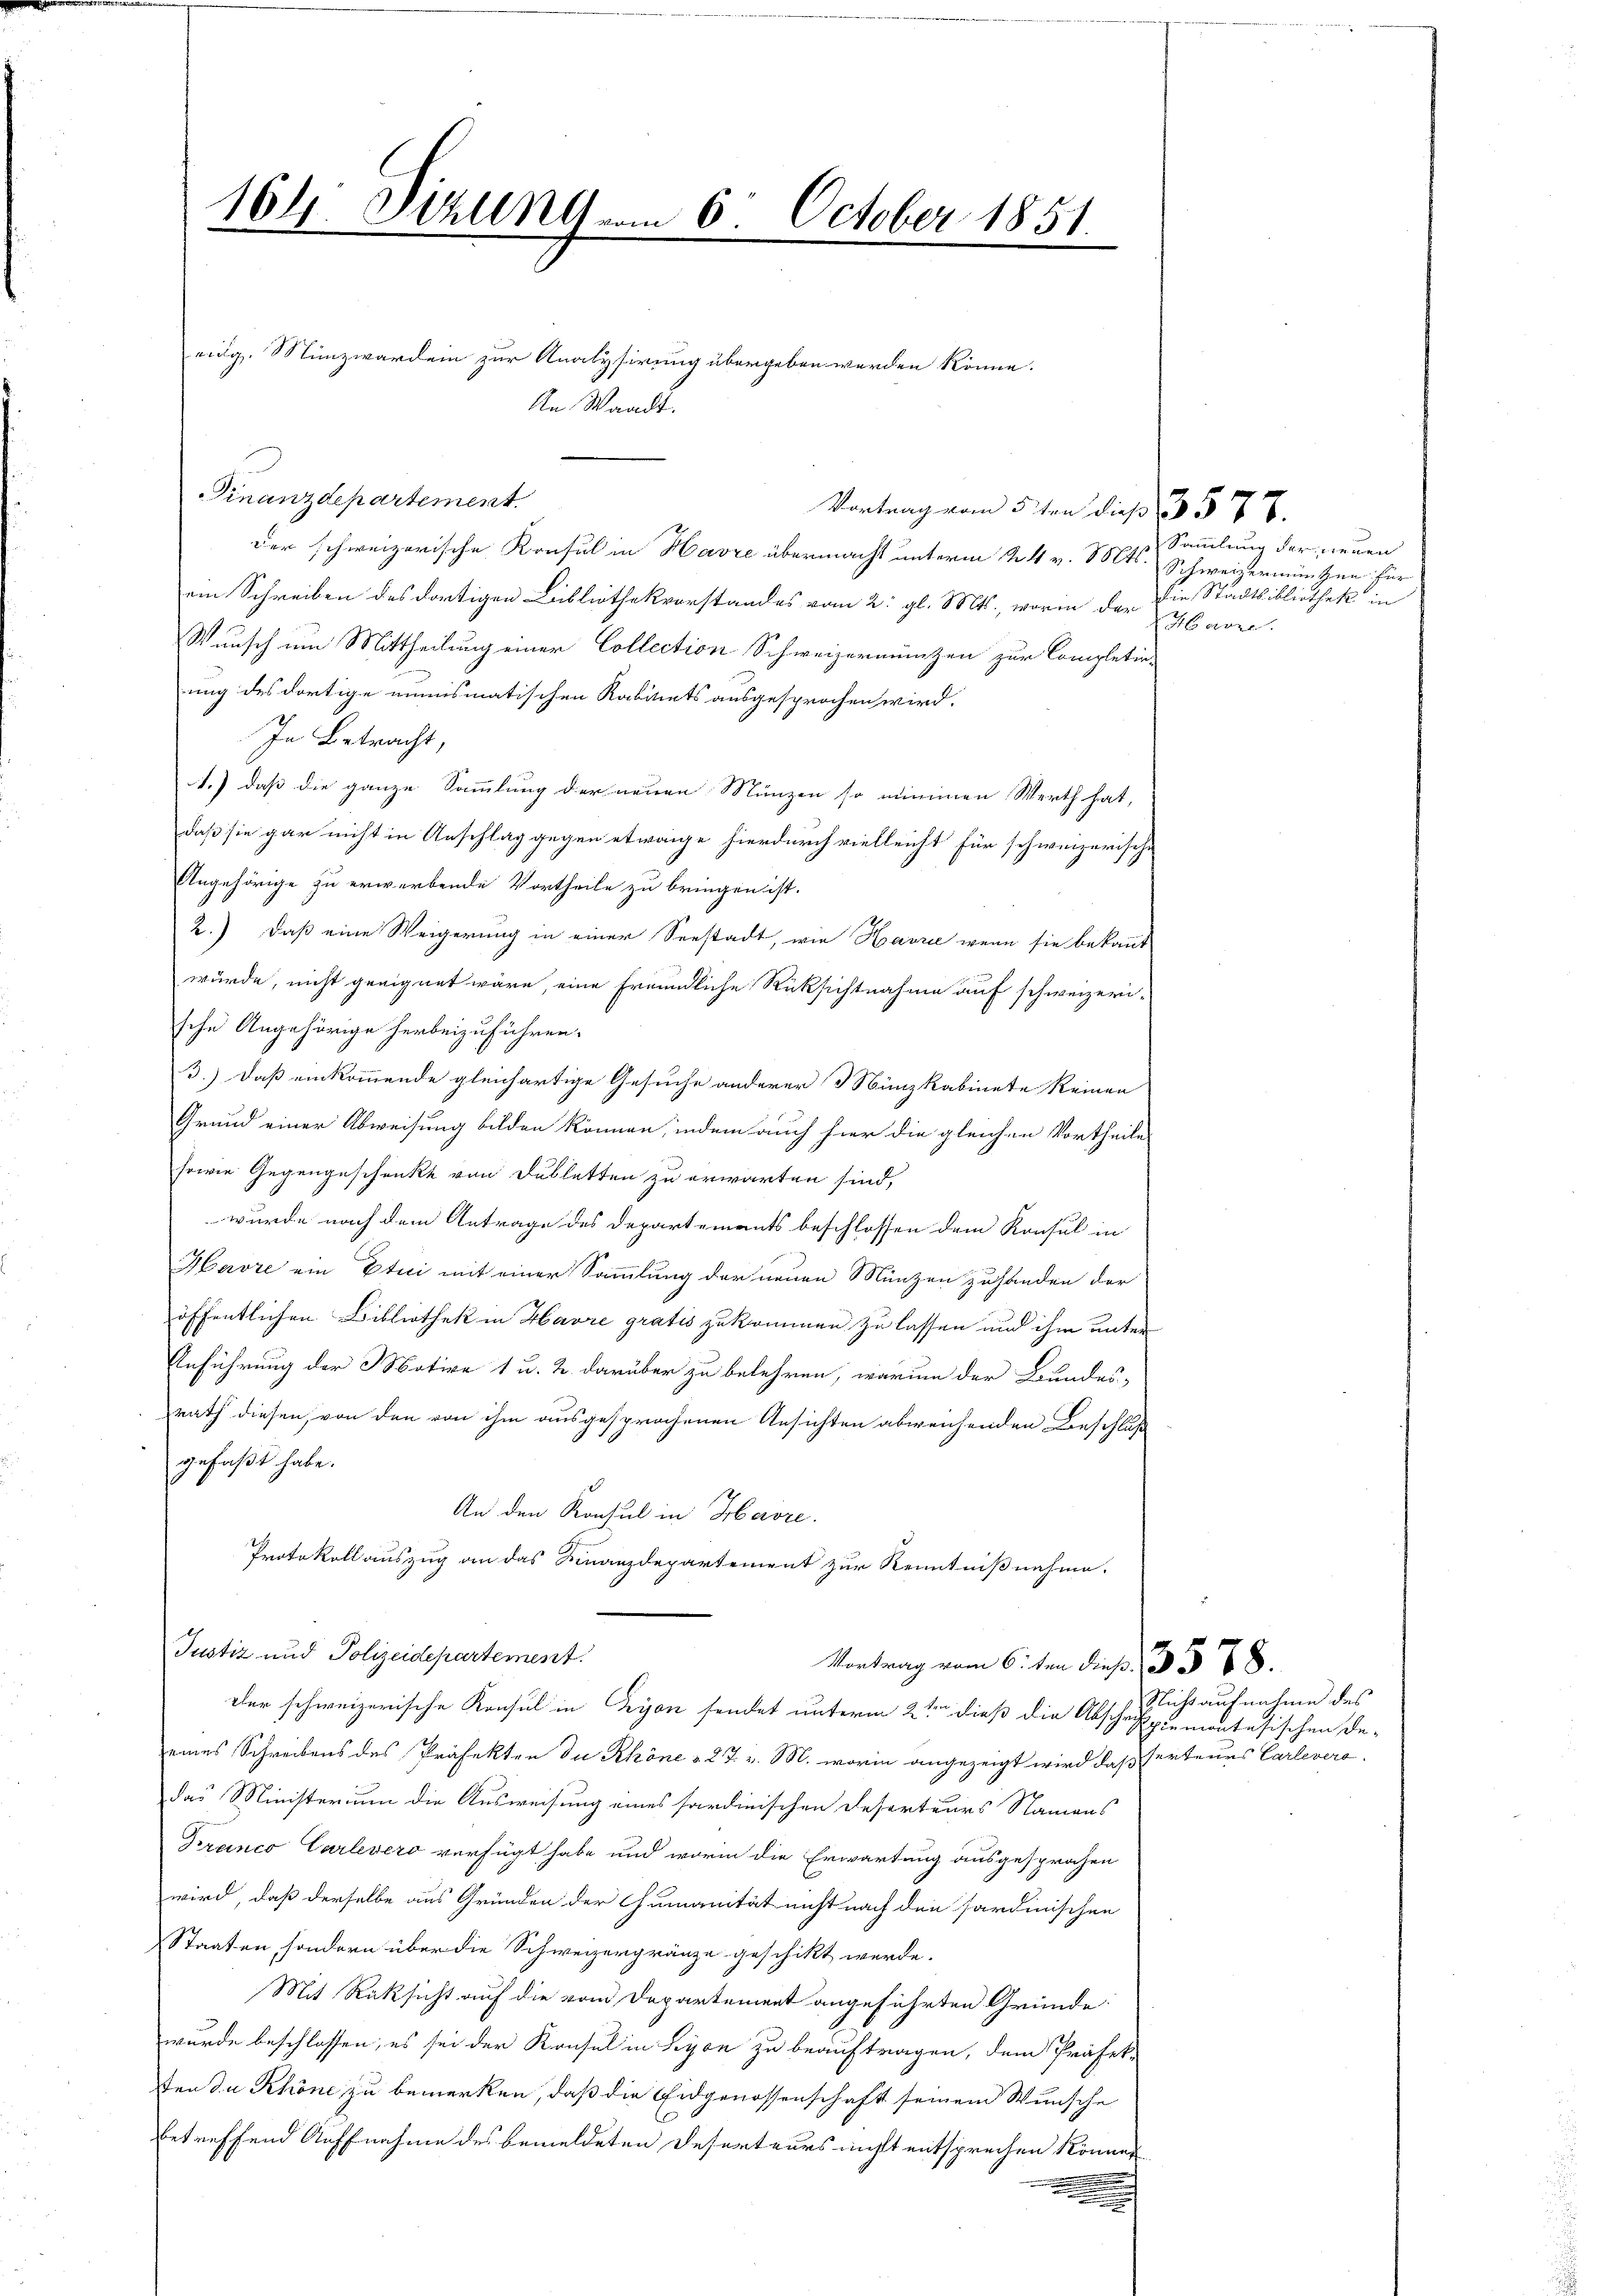
164. Schlin vom 6. October 1851.

Vertrag vom 5 ten du 13577.
der schweizerische Konsul in Havre übermacht unterm 24 v. Mts.
am Schreiben des dortigen Libliothekvorstandes vom 2. gl. Mts., worin der die Stadtbibliothek in
Wunsch um Mittheilung einer Collection Schweizermunzen zur Completin-
ung des dortige minismatischen Kabinets ausgesprochen wird.
In Betracht,
1.) daß die ganze Sammlung der neuen Münzen so nimmen Werth hat,
daß sie gar nicht in Anschlag gegen etwaige hierdurch vielleicht für schweizerische
Angehörige zu erwerbende Vortheile zu bringen ist.
2.) Daß eine Weigerung in einer Seestadt, wie Havre wenn sie bekannt
würde, nicht geeignet wäre, eine freundliche Rüksichtnahme auf schweizerische Angehörige herbeizuführen.
3.) Daß einkommende gleichartige Gesuche anderer Münzkabinete keinen
Grund einer Abweisung bilden können, indem auch hier die gleichen Vortheile
sowie Gegengeschenke von Dubletten zu erwarten sind,
wurde nach dem Antrage des Departements beschlossen dem Konsul in
Havre ein Etici mit einer Sammlung der neuen Münzen zuhanden der
öffentlichen Bibliothek in Havre gratis zukommen zu lassen und ihm unter
Anführung der Motive 1 u. 2. darüber zu belehren, warum der Bundes-
rath diesen, von den von ihm ausgesprochenen Ansichten abweichenden Beschluß
gefaßt habe.
An den Konsul in Havre.
Protokoll auszug an das Finanzdepartement zur Kenntnißnahme.
Justiz und Polizeidepartement.
Vortrag vom 6. ten dieß, 3 § 88.
Der schweizerische Konsul in Lyon sendet unterm 2ten dieß die Abschrifpiemontesischen De-
eines Schreibens des Präfekten die Rhöne v. 27. v. M. worin angezeigt wird, daß ferteurs Carlevera
das Ministerium die Ausweisung eines sardinischen Resorteurs Namens
Diranco Carlevero verfügt habe und worin die Erwartung ausgesprochen
wird, daß derselbe aus Gründen der Cumanität nicht nach den sardinischen
Staaten, sondern über die Schweizergränze geschikt werde.
Mit Rücksicht auf die vom Departement angeführten Gründe:
wurde beschlossen, es sei der Konsul in Lyon zu beauftragen, dem Präfek-
ten du Khöne zu bemerken, daß die Eidgenossenschaft seinem Wunsche
betreffend Auffnahme des bemeldeten Deserteurs nicht entsprechen können
.
.

eidg. Münzwerden zur Analysirung übergeben werden könne.
An Waadt.

Finanzdepartement.

Sammlung der neuen
Schweizerminzen für
Carze

Nicht aufnahme des